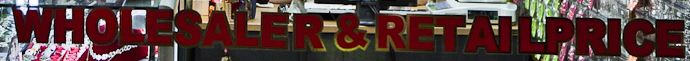
WHOLESALER&RETAILPRICE